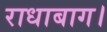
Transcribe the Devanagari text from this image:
राधाबाग।